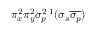
\pi _ { x } ^ { 2 } \pi _ { y } ^ { 2 } \sigma _ { p } ^ { 2 } { } \, ^ { 1 } ( \sigma _ { s } \overline { { \sigma _ { p } } } )